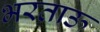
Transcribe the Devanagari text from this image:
भरताऊ